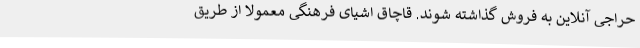
حراجی آنلاین به فروش گذاشته شوند. قاچاق اشیای فرهنگی معمولا از طریق